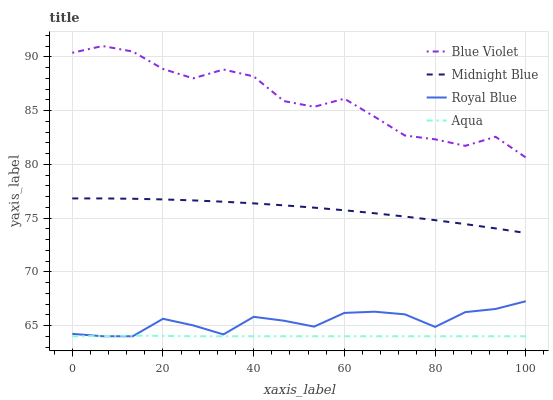
| xaxis_label | Blue Violet | Midnight Blue | Royal Blue | Aqua |
 | --- | --- | --- | --- | --- |
 | 0 | 90.4 | 76.8 | 64.2 | 64 |
 | 6.67 | 91 | 76.8 | 64 | 64 |
 | 13.3 | 90.5 | 76.8 | 64 | 64.1 |
 | 20 | 88.9 | 76.7 | 65.6 | 64 |
 | 26.7 | 88 | 76.6 | 65 | 64 |
 | 33.3 | 88.8 | 76.5 | 64.2 | 64 |
 | 40 | 88.2 | 76.4 | 65.8 | 64 |
 | 46.7 | 85.9 | 76.2 | 65.4 | 64 |
 | 53.3 | 85.3 | 76 | 64.9 | 64 |
 | 60 | 86.1 | 75.7 | 66.2 | 64 |
 | 66.7 | 84.4 | 75.4 | 66.3 | 64 |
 | 73.3 | 82.7 | 75.1 | 66 | 64 |
 | 80 | 82.3 | 74.8 | 64.9 | 64 |
 | 86.7 | 81.7 | 74.4 | 66.2 | 64 |
 | 93.3 | 82.6 | 74 | 66.5 | 64 |
 | 100 | 80.6 | 73.6 | 67.3 | 64 |